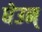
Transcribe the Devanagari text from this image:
घेउन्